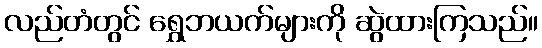
လည်တံတွင် ရွှေဘယက်များကို ဆွဲထားကြသည်။